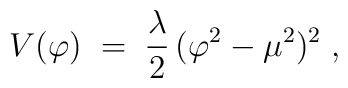
V(\varphi) \;=\; \frac{\lambda}{2} \, (\varphi^2 - \mu^2)^2 \;,